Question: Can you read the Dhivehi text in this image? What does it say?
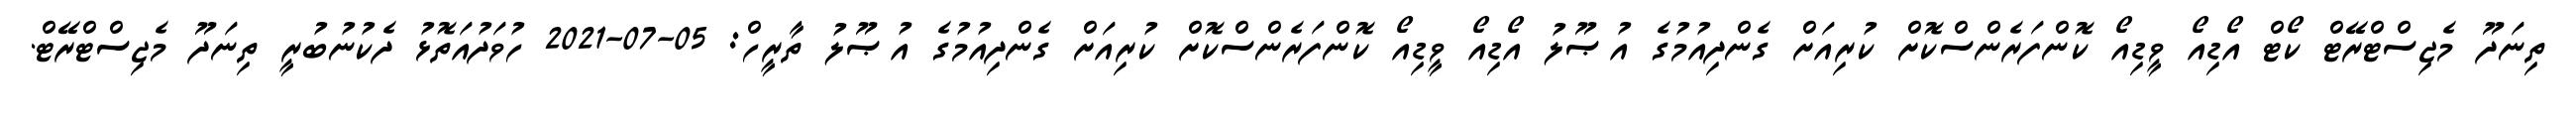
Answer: ތިނަދޫ މެޖިސްޓްރޭޓް ކޯޓް އޯޑިއޯ ވީޑިއޯ ކޮންފަރެންސްކޮށް ކުރިއަށް ގެންދިއުމުގެ އުޞޫލު އޯޑިއޯ ވީޑިއޯ ކޮންފަރެންސްކޮށް ކުރިއަށް ގެންދިއުމުގެ އުޞޫލު ތާރީހް: 05-07-2021 ހުވަދުއަތޮޅު ދެކުނުބުރީ ތިނަދޫ މެޖިސްޓްރޭޓް.